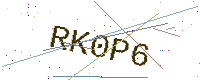
Text: RK0P6